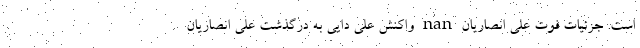
است. جزئیات فوت علی انصاریان nan واکنش علی دایی به درگذشت علی انصاریان